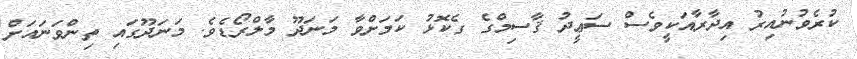
ކުރެވުނުއިރު އިދާރާއަކީވެސް ސަޢީދު ޤާސިމްގެ ގެކޮޅު ކަމަށްވާ މަނަދޫ މާލްރޯޑެވެ. މަނަދޫގައި ތިންވަނައަށް